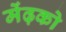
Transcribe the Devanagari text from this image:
मेंढ़को